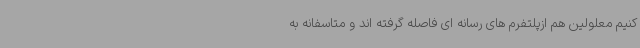
کنیم معلولین هم ازپلتفرم های رسانه ای فاصله گرفته اند و متاسفانه به